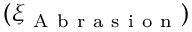
( \xi _ { \mathrm { ~ A ~ b ~ r ~ a ~ s ~ i ~ o ~ n ~ } } )